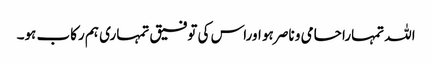
اللہ تمہارا حامی و ناصر ہو اوراس کی توفیق تمہاری ہم رکاب ہو۔